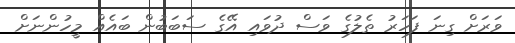
ވަރަށް ގިނަ ފަހަރު ތެލުގެ ވަސް ދުވައި އޭގެ ސަބަބުން ބައެއް މީހުންނަށް